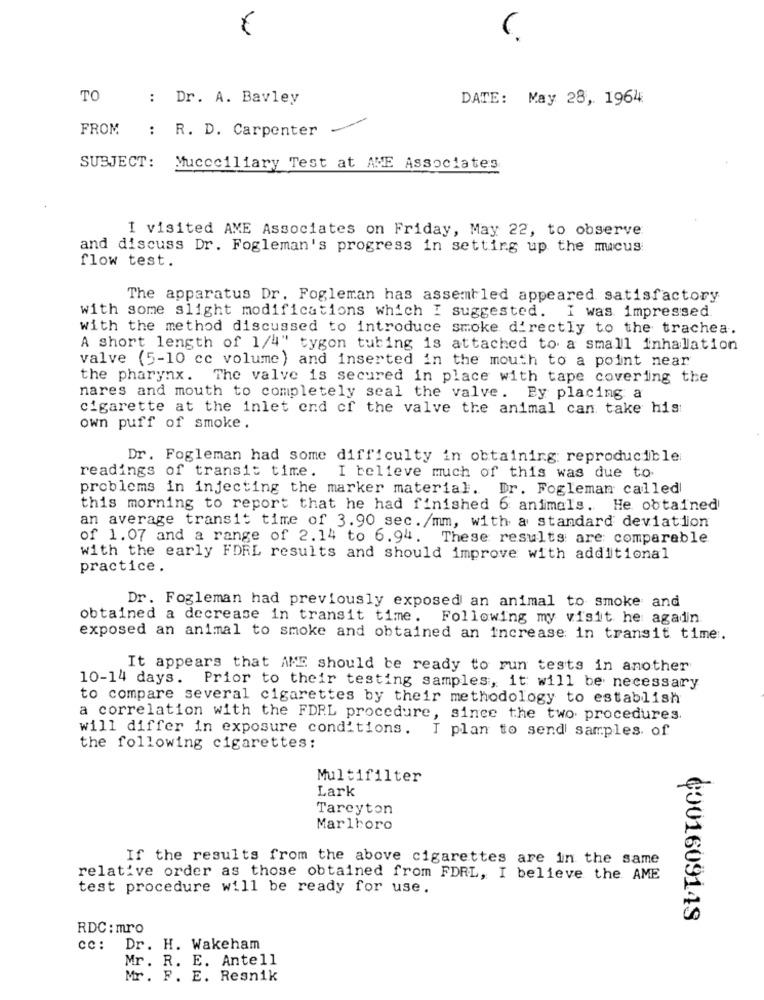
TO
: Dr. A. Bavley
DATE: May 28, 1964
FROM
: R. D. Carpenter
SUBJECT:
Muccciliary Test at ANE Associates
I visited AME Associates on Friday, May 22, to observe
and discuss Dr. Fogleman's progress in setting up the mucus
flow test.
The apparatus Dr. Fogleman has assembled appeared satisfactory
with some slight modifications which I suggested. I was impressed.
with the method discussed to introduce smoke directly to the trachea.
A short length of 1/4" tygon tubing is attached to a small inhalation
valve (5-10 cc volume ) and inserted in the mouth to a point near
the pharynx. The valve is secured in place with tape covering the
nares and mouth to completely seal the valve. By placing a
cigarette at the inlet end of the valve the animal can take his
own puff of smoke.
Dr. Fogleman had some difficulty in obtaining: reproducible
readings of transit time. I believe much of this was due to.
problems in injecting the marker material. Dr. Fogleman called
this morning to report that he had finished 6 animals. He obtained
an average transit time of 3.90 sec./mm, with a standard deviation
of 1.07 and a range of 2.14 to 6.94. These results are: comparable
with the early FDRL results and should improve with additional
practice.
Dr. Fogleman had previously exposed an animal to smoke and
obtained a decrease in transit time.
Following my visit he again
exposed an animal to smoke and obtained an increase in transit time.
It appears that AME should be ready to run tests in another
10-14 days. Prior to their testing samples, it will be necessary
to compare several cigarettes by their methodology to establish
a correlation with the FDRL procedure, since the two procedures.
will differ in exposure conditions. I plan to send samples of
the following cigarettes:
Multifilter
Lark
Tarcyton
Marlboro
If the results from the above cigarettes are in the same
relative order as those obtained from FDRL, I believe the AME
test procedure will be ready for use.
4001609149
RDC : mro
cc: Dr. H. Wakeham
Mr. R. E. Antell
Mr. F. E. Resnik